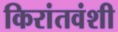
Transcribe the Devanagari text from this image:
किरांतवंशी